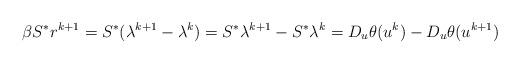
LaTeX: \begin{align*}\beta S^*r^{k+1} = S^*( \lambda^{k+1} - \lambda^k)= S^* \lambda^{k+1} - S^* \lambda^k= D_u\theta(u^{k}) - D_u\theta(u^{k+1})\end{align*}